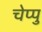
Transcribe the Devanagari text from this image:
चेप्पु